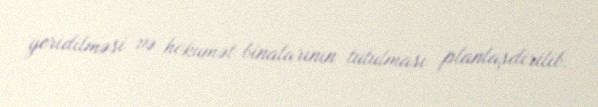
yeridilməsi və hökumət binalarının tutulması planlaşdirilib.